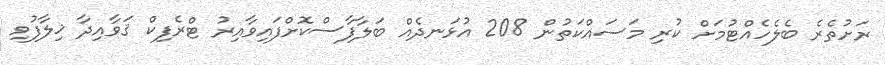
ރަށުތެރެ ބެލެހެއްޓުމަށް ކުރި މަސައްކަތުން 208 އުޅަނދެއް ބަލާފާސްކޮށްފައިވާއިރު ޓްރެފިކް ޤަވާއިދާ ޚިލާފުވި